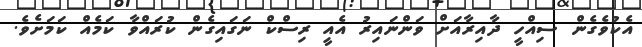
އެކުވެގެން ސިއްހީ ދާއިރާއަށް ވަންނައިރު އެއީ ރިސްކް ނަގައިގެން ކުރައްވާ ކަމެއް ކަމަށެވެ.